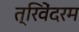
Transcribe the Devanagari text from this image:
त्रिवेंदरम